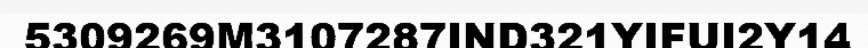
5309269M3107287IND321YIFUI2Y14